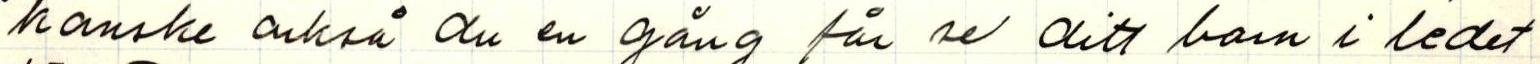
kanske också du en gång får se ditt barn i ledet